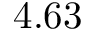
4 . 6 3